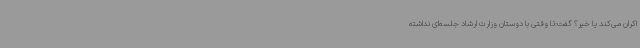
اکران می‌کند یا خیر؟ گفت:تا وقتی با دوستان وزارت ارشاد جلسه‌ای نداشته